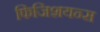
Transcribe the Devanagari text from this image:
फिजिशयन्स